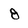
Character: 8